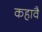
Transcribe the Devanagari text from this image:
कहावै